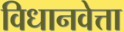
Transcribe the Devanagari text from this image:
विधानवेत्ता